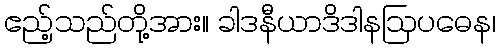
ဧည့်သည်တို့အား။ ခါဒနီယာဒိဒါနဩပဓေန၊